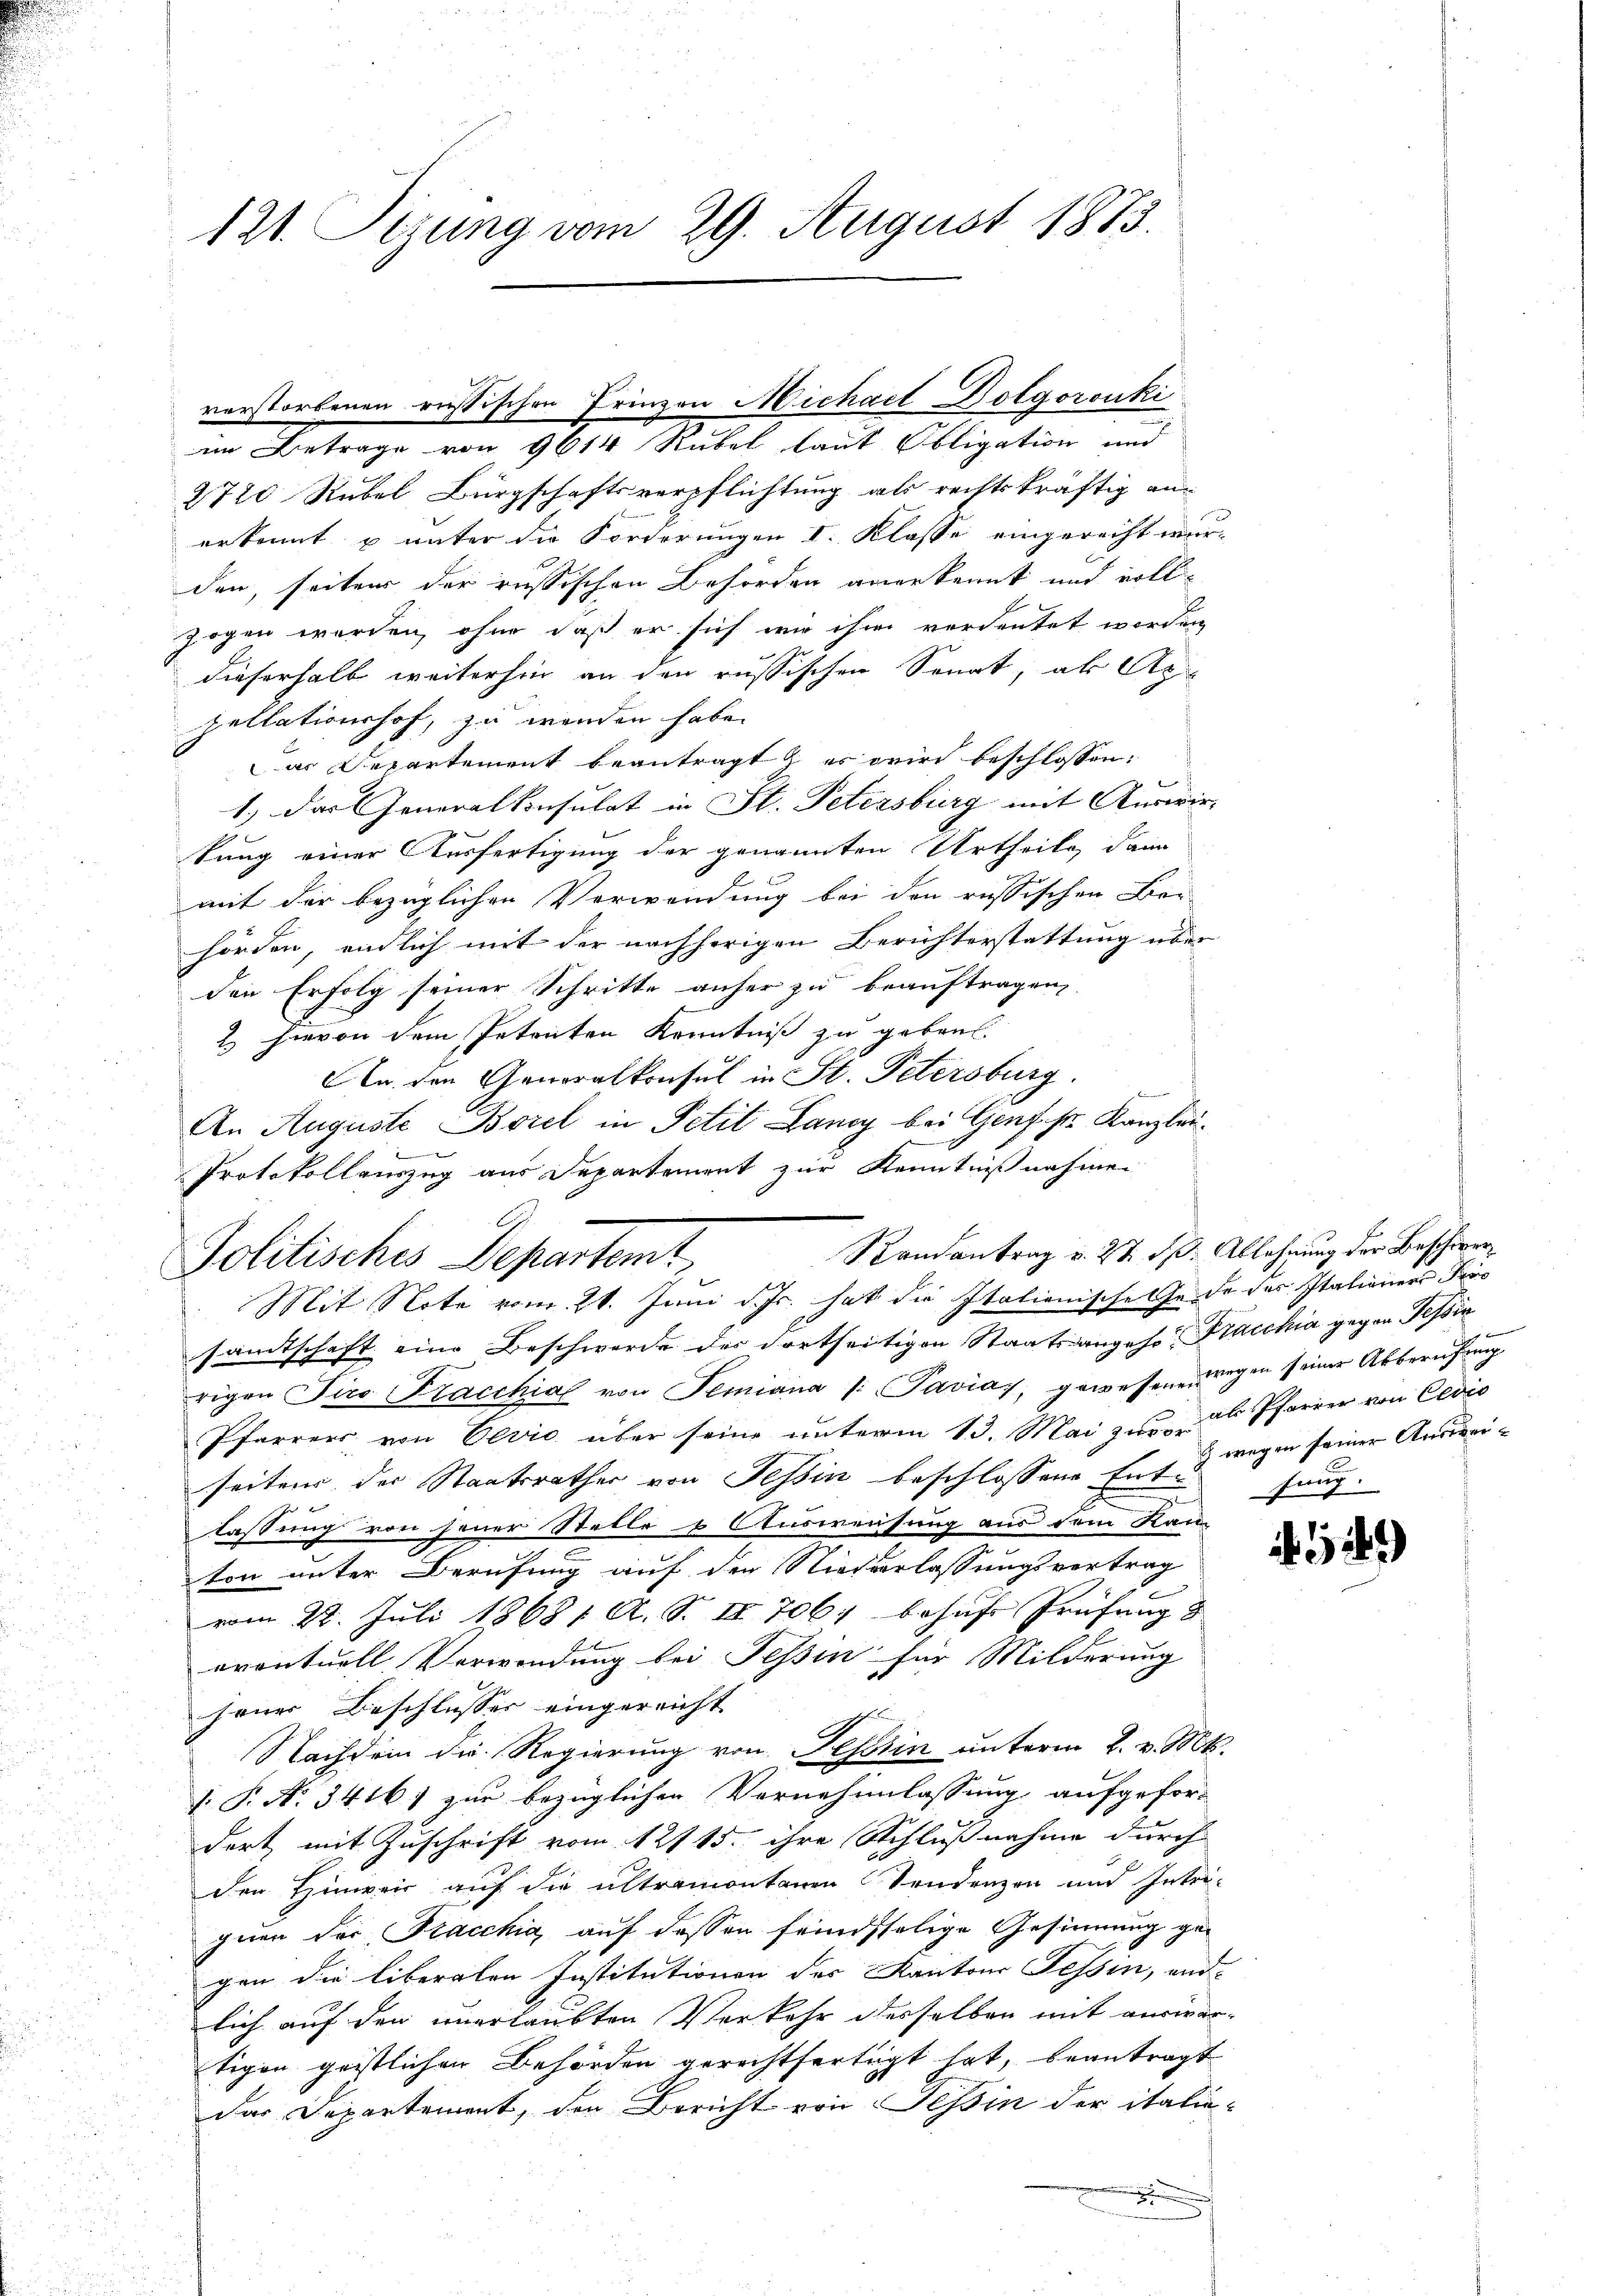
121. Sizung vom 29. August 1873.

2720 Rubel Bürgschaftsverpflichtung als rechtskräftig an
erkennt u unter die Forderungen I. Klasse eingerecht werden, seiter der russischen Behörden anerkennt und vollzogen werden, ohne daß er sich wir ihm verdeutet worden,
dieserhalb weiterhin an den russischen Senat, als Ap
pellationshof, zu werden habe.
ar Departement beantragt & es wird beschlossen:
1.) Das Generalkonsulat in St. Petersburg mit Auswirtung einer Ausfertigung der genannten Urtheile, dann
mit der bezüglichen Verwendung bei den russischen Ber
hörden, endlich mit der nachherigen Berichterstattung über
den Erfolg seiner Schritte anher zu beauftragen,
2 hievon dem Petenten Kenntniß zu gebaut.
An den Generalkonsul in St. Petersburg.
gedenen
An Auguste Borel in Petit Langy bei Genf sr Kanzlei¬

Protokollauszug aus Departement zur Kenntnißnahmen

verstorbenen russischen Prinzen Michael Dolgorouki
im Betrage von 9614 Rubel laut Obligation und

Randantrag v. 27. d. Ablehnung der Beschier¬
Politisches Departemt
Mit Note vom 21. Juni d. Js. hat die Italienische le de der Italieners Pers

sandtschaft eine Beschwerde des dortseitigen Staatsangehe Fracchia gegen Tessin
rigen Tiro Fracchial von Semiana /: Pavias, gewesene wegen seiner Akberufung
Pfarrers von Oević über seine unterm 13. Mai zur Pfarrer von Cevio
seiten der Staatsrathes von Tessin beschlossene Entehung.
lassung von jener Stelle & Ausweisung aus dem Kan
ton unter Berufung auf der Niederlassungsvertrag
vom 22. Juli 18681 A. S. II 706, behufe Prüfung &
eventuell Verwendung bei Tessin für Milderung
jener Beschlusser eingereicht
Nachdem die Regierung von Tessin unterm 2. v. Mts.
1. P. N. 3416) zur bezüglichen Vernehmlassung aufgefor-
dert mit Zuschrift vom 12115. ihre Schlußnahme durch
der Hingen auf die ultramontanen Sendenzen und Intri-
guen der Fracchia, auf dessen feindselige Gesinnung gegen die liberalen Institutionen der Kantons Tessin, and
lich auf den unerlaubten Verkehr desselben mit auswärtigen geistlichen Behörden gerechtfertigt hat, beantragt
der Departement, den Bericht von Tessin der italie-

3 wegen seiner Auswei¬

)